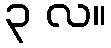
၃ လ။